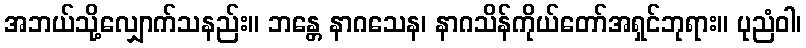
အဘယ်သို့လျှောက်သနည်း။ ဘန္တေ နာဂသေန၊ နာဂသိန်ကိုယ်တော်အရှင်ဘုရား။ ပုညံဝါ၊